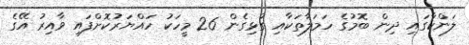
ލަންކާގައި ދިން ބޮމުގެ ހަމަލާތަކާއި ގުޅިގެން 26 މީހަކު ހައްޔަރުކޮށްފައި ވާއިރު އޭގެ